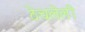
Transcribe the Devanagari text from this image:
ठेचलेली